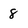
Character: 8